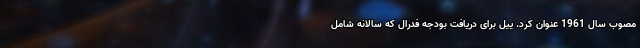
مصوب سال 1961 عنوان کرد. ییل برای دریافت بودجه فدرال که سالانه شامل